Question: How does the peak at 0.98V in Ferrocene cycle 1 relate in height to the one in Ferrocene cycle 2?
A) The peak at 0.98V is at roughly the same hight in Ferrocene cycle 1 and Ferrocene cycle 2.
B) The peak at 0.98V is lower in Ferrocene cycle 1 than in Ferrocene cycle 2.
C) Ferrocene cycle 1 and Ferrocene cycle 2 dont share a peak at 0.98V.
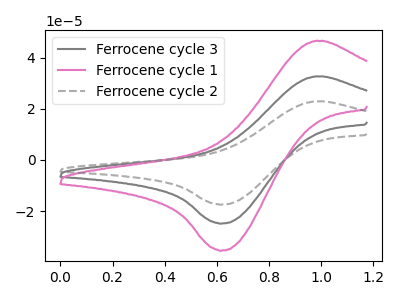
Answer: <think>The gray curve "Ferrocene cycle 3" has an anodic peak at (1.00V, 32.60uA) and a cathodic peak at (0.60V, -24.85uA). The pink curve "Ferrocene cycle 1" has an anodic peak at (1.00V, 46.45uA) and a cathodic peak at (0.60V, -35.45uA). The gray dashed curve "Ferrocene cycle 2" has an anodic peak at (1.00V, 65.15uA) and a cathodic peak at (0.60V, -49.70uA).</think>
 <answer>B) The peak at 0.98V is lower in "Ferrocene cycle 1" than in "Ferrocene cycle 2".</answer>
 <eval>B</eval>